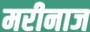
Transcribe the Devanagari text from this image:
मरीनाज